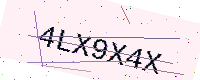
Text: 4LX9X4X